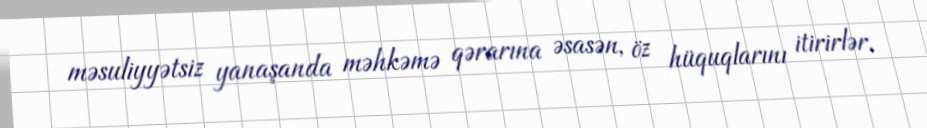
məsuliyyətsiz yanaşanda məhkəmə qərarına əsasən, öz hüquqlarını itirirlər.